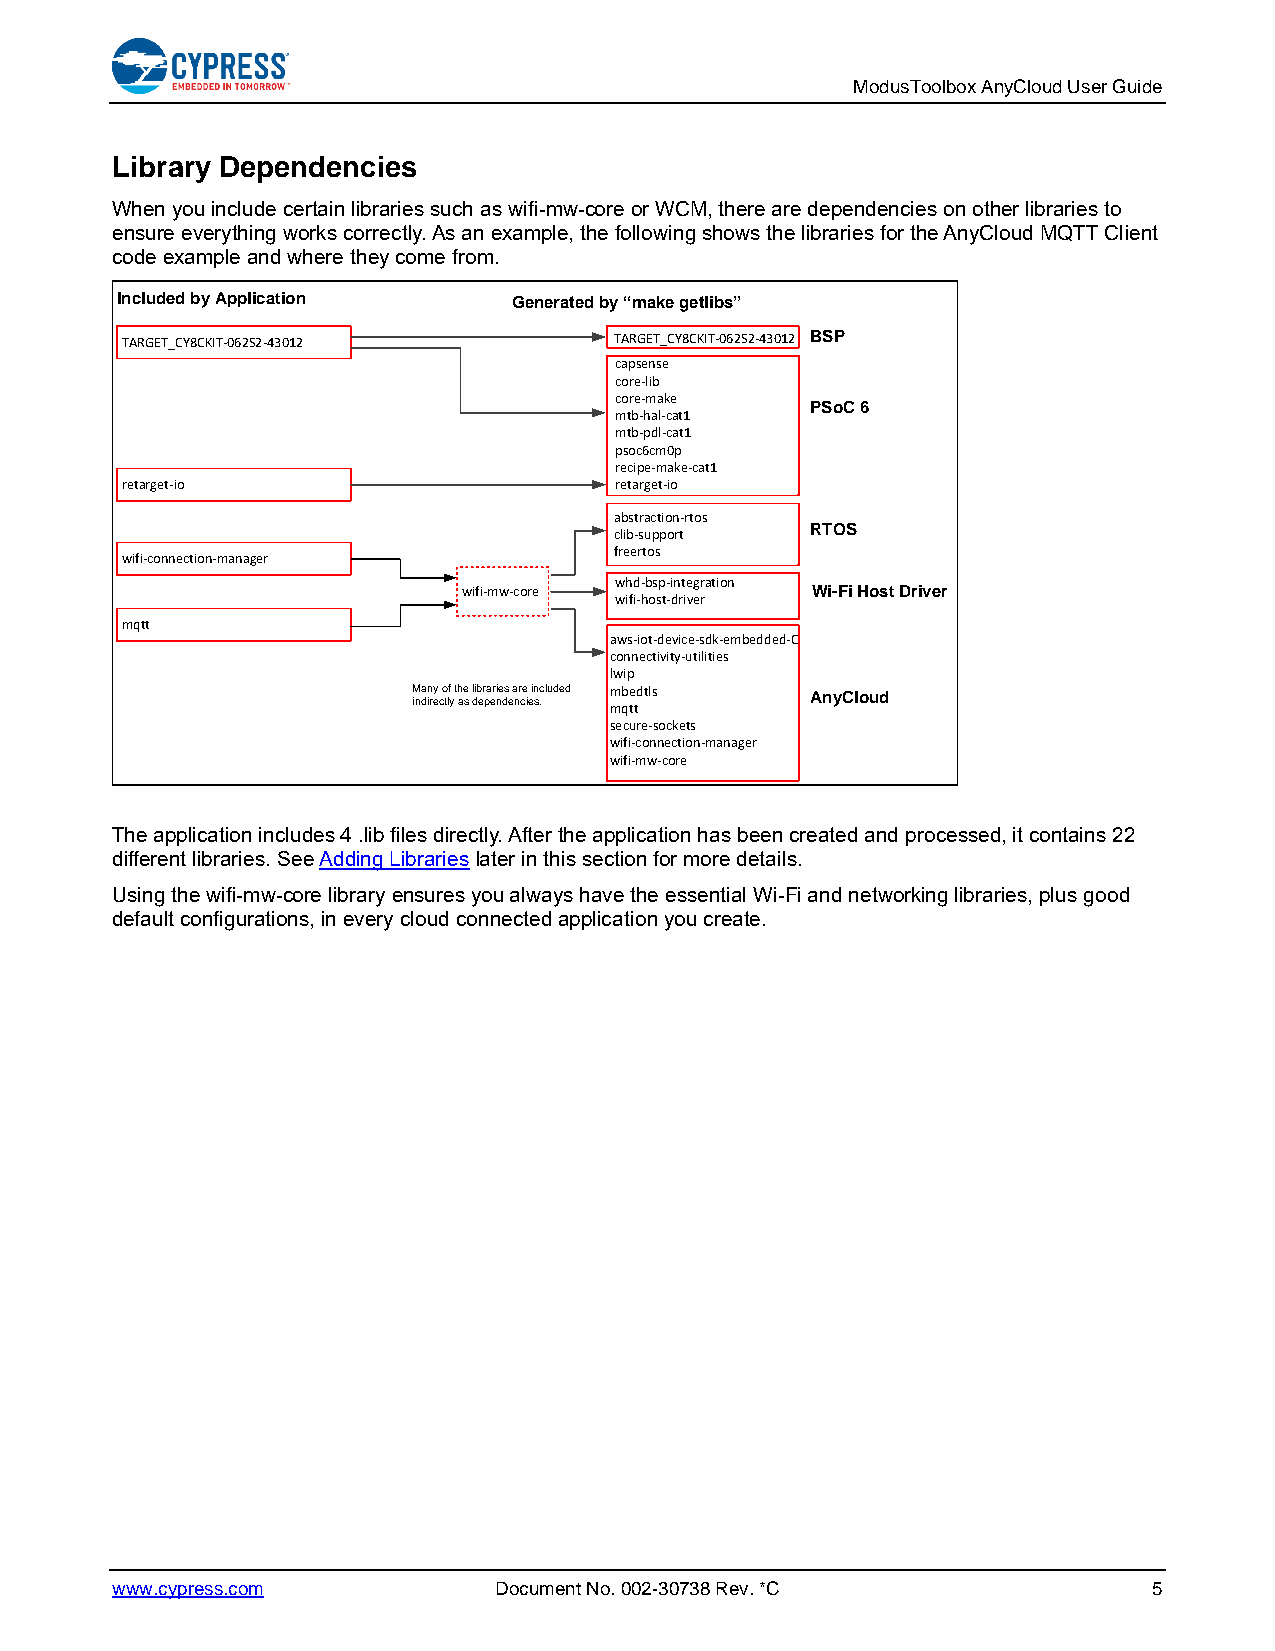
ModusToolbox AnyCloud User Guide
 Library Dependencies
 When you include certain libraries such as wifi-mw-core or WCM, there are dependencies on other libraries to
 ensure everything works correctly. As an example, the following shows the libraries for the AnyCloud MQTT Client
 code example and where they come from.
 Included by Application   Generated by “make getlibs”
 TARGET_CY8CKIT-062S2-43012       TARGET_CY8CKIT-062S2-43012 BSP
 capsense
 core-lib
 core-make
 PSoC 6
 mtb-hal-cat1
 mtb-pdl-cat1
 psoc6cm0p
 recipe-make-cat1
 retarget-io                      retarget-io
 abstraction-rtos
 RTOS
 clib-support
 freertos
 wifi-connection-manager
 whd-bsp-integration
 wifi-mw-core           Wi-Fi Host Driver
 wifi-host-driver
 mqtt
 aws-iot-device-sdk-embedded-C
 connectivity-utilities
 lwip
 Many of the libraries are included mbedtls AnyCloud
 indirectly as dependencies. mqtt
 secure-sockets
 wifi-connection-manager
 wifi-mw-core
 The application includes 4 .lib files directly. After the application has been created and processed, it contains 22
 different libraries. See Adding Libraries later in this section for more details.
 Using the wifi-mw-core library ensures you always have the essential Wi-Fi and networking libraries, plus good
 default configurations, in every cloud connected application you create.
 www.cypress.com           Document No. 002-30738 Rev. *C             5